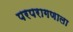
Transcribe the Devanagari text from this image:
परपरागणाला